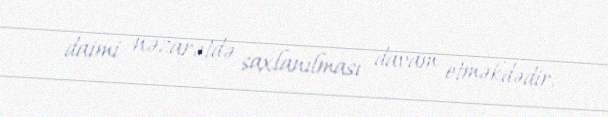
daimi nəzarətdə saxlanılması davam etməkdədir.